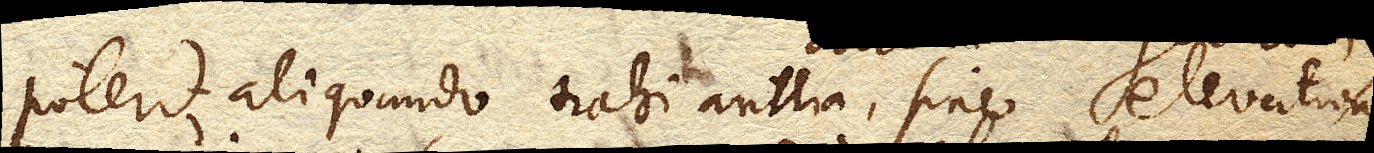
poterit aliquando trahi antlia, sine elevatione